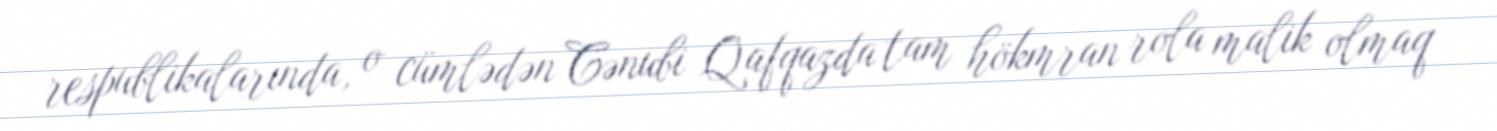
respublikalarında, o cümlədən Cənubi Qafqazda tam hökmran rola malik olmaq